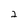
Character: 2